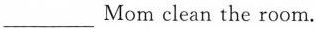
___ Mom clean the room.